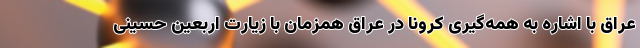
عراق با اشاره به همه‌گیری کرونا در عراق همزمان با زیارت اربعین حسینی